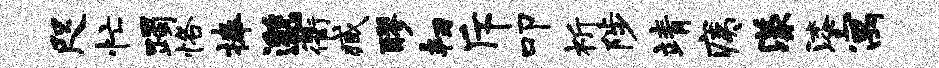
咫忙躅恪捧邈衢臧醪韧斥叩祈陟靖痍漾漆寓